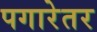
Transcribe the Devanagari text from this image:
पगारेतर